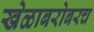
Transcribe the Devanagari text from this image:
खेळाबरोबरच